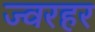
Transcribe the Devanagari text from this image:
ज्वरहर